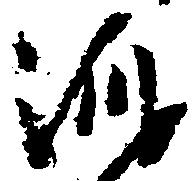
澄